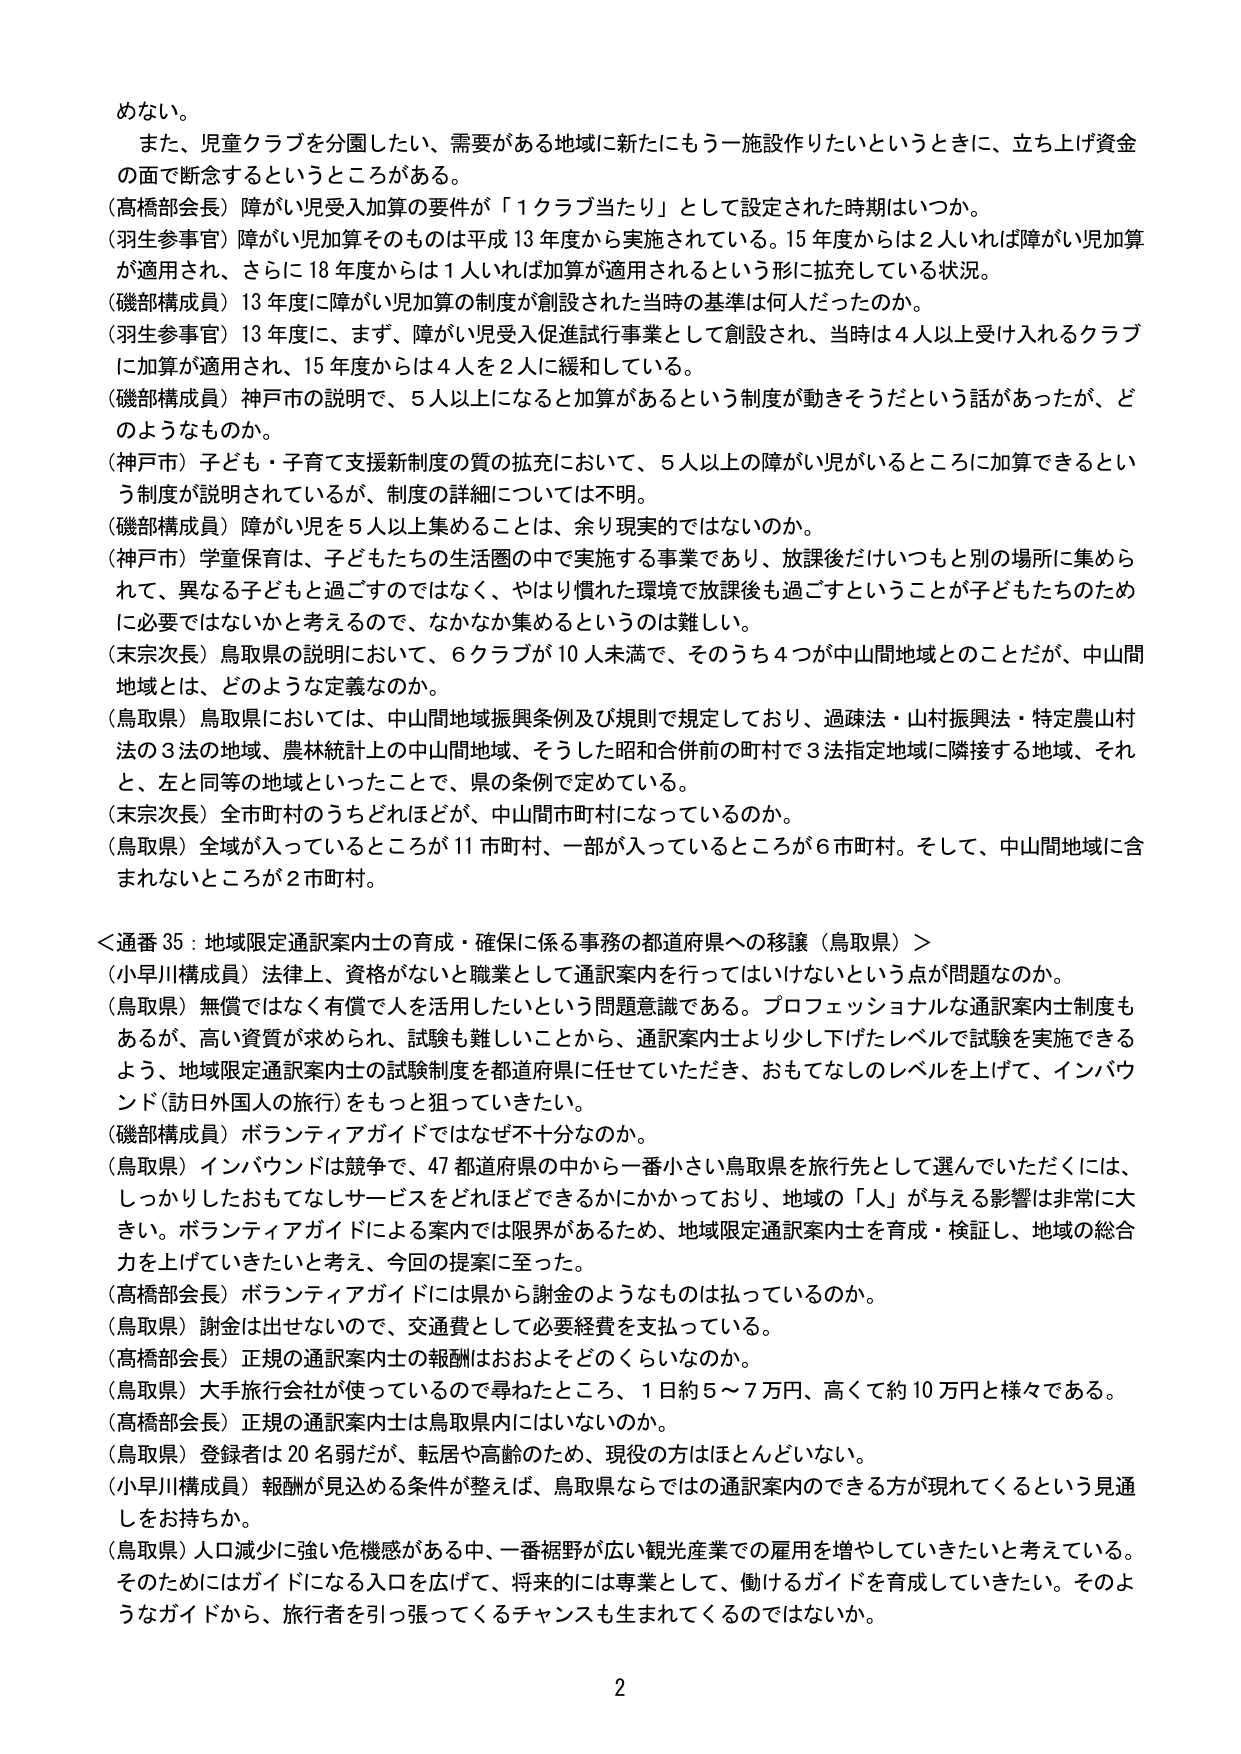
めない。

また、児童クラブを分園したい、需要がある地域に新たにもう一施設作りたいというときに、立ち上げ資金の面で断念するというところがある。

（高橋部会長）障がい児受入加算の要件が「１クラブ当たり」として設定された時期はいつか。

（羽生参事官）障がい児加算そのものは平成13年度から実施されている。15年度からは2人いれば障がい児加算が適用され、さらに18年度からは1人いれば加算が適用されるという形に拡充している状況。

（磯部構成員）13年度に障がい児加算の制度が創設された当時の基準は何人だったのか。

（羽生参事官）13年度に、まず、障がい児受入促進試行事業として創設され、当時は4人以上受け入れるクラブに加算が適用され、15年度からは4人を2人に緩和している。

（磯部構成員）神戸市の説明で、5人以上になると加算があるという制度が動きそうだという話があったが、どのようなものか。

（神戸市）子ども・子育て支援新制度の質の拡充において、5人以上の障がい児がいるところに加算できるという制度が説明されているが、制度の詳細については不明。

（磯部構成員）障がい児を5人以上集めることは、余り現実的ではないのか。

（神戸市）学童保育は、子どもたちの生活圏の中で実施する事業であり、放課後だけいつもと別の場所に集められて、異なる子どもと過ごすのではなく、やはり慣れた環境で放課後も過ごすということが子どもたちのために必要ではないかと考えるので、なかなか集めるというのは難しい。

（末宗次長）鳥取県の説明において、6クラブが10人未満で、そのうち4つが中山間地域とのことだが、中山間地域とは、どのような定義なのか。

（鳥取県）鳥取県においては、中山間地域振興条例及び規則で規定しており、過疎法・山村振興法・特定農山村法の3法の地域、農林統計上の中山間地域、そうした昭和合併前の町村で3法指定地域に隣接する地域、それと、左と同等の地域といったことで、県の条例で定めている。

（末宗次長）全市町村のうちどれほどが、中山間市町村になっているのか。

（鳥取県）全域が入っているところが11市町村、一部が入っているところが6市町村。そして、中山間地域に含まれないところが2市町村。

＜通番35：地域限定通訳案内士の育成・確保に係る事務の都道府県への移譲（鳥取県）＞

（小早川構成員）法律上、資格がないと職業として通訳案内を行ってはいけないという点が問題なのか。

（鳥取県）無償ではなく有償で人を活用したいという問題意識である。プロフェッショナルな通訳案内士制度もあるが、高い資質が求められ、試験も難しいことから、通訳案内士より少し下げたレベルで試験を実施できるよう、地域限定通訳案内士の試験制度を都道府県に任せていただき、おもてなしのレベルを上げて、インバウンド（訪日外国人の旅行）をもっと狙っていきたい。

（磯部構成員）ボランティアガイドではなぜ不十分なのか。

（鳥取県）インバウンドは競争で、47都道府県の中から一番小さい鳥取県を旅行先として選んでいただくには、しっかりしたおもてなしサービスをどれほどできるかにかかっており、地域の「人」が与える影響は非常に大きい。ボランティアガイドによる案内では限界があるため、地域限定通訳案内士を育成・検証し、地域の総合力を上げていきたいと考え、今回の提案に至った。

（高橋部会長）ボランティアガイドには県から謝金のようなものは払っているのか。

（鳥取県）謝金は出せないので、交通費として必要経費を支払っている。

（高橋部会長）正規の通訳案内士の報酬はおよそどのくらいなのか。

（鳥取県）大手旅行会社が使っているので尋ねたところ、1日約5～7万円、高くて約10万円と様々である。

（高橋部会長）正規の通訳案内士は鳥取県内にはいないのか。

（鳥取県）登録者は20名弱だが、転居や高齢のため、現役の方はほとんどいない。

（小早川構成員）報酬が見込める条件が整えば、鳥取県ならではの通訳案内のできる方が現れてくるという見通しをお持ちか。

（鳥取県）人口減少に強い危機感がある中、一番裾野が広い観光産業での雇用を増やしていきたいと考えている。そのためにはガイドになる入口を広げて、将来的には専業として、働けるガイドを育成していきたい。そのようなガイドから、旅行者を引っ張ってくるチャンスも生まれてくるのではないか。

2